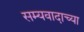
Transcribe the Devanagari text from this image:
सम्यवादाच्या